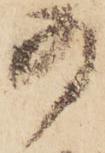
為